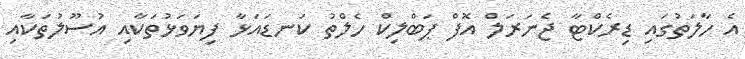
އެ ހާލަތުގައި ޑިރެކްޓާ ޖެނަރަލް އޮފް ޕަބްލިކް ހެލްތު ކަނޑައަޅާ ފިޔަވަޅުތަކާއި އުސޫލުތަކާއި